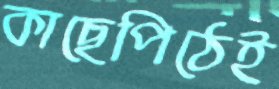
কাছেপিঠেই